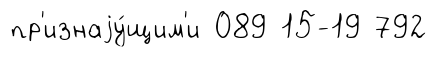
пр'изнаjу́щим'и 089 15-19 792